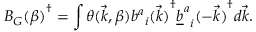
{ B _ { G } ( \beta ) } ^ { \dagger } = \int \theta ( \vec { k } , \beta ) { { b ^ { a } } _ { i } ( \vec { k } ) } ^ { \dagger } { { { \underline { { b } } } ^ { a } } _ { i } ( - \vec { k } ) } ^ { \dagger } d \vec { k } .